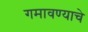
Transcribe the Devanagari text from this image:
गमावण्याचे